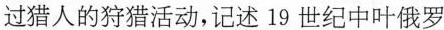
过猎人的狩猎活动，记述19世纪中叶俄罗